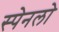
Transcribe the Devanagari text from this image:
स्पेनलो